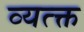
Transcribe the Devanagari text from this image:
व्यत्क्त